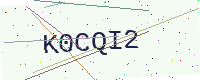
Text: K0CQI2